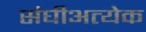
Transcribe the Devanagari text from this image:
संघीअत्येक